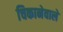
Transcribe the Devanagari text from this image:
चिकानेवाले